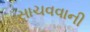
સાચવવાની